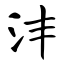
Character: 沣